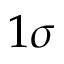
1 \sigma